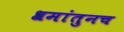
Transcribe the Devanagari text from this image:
श्रमांतुनच